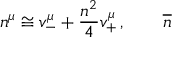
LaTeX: n ^ { \mu } \cong v _ { - } ^ { \mu } + \frac { n ^ { 2 } } { 4 } v _ { + } ^ { \mu } \, , \qquad \overline { { { n } } }